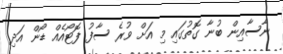
ނާސާއިން ބުނާ ގޮތުގައި މި އަށް ވުރެ ސާފު ފޮޓޯއެއް ޑޯން އަދި